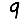
Digit: 9